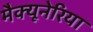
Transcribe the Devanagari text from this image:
मैक्यूनेरिया